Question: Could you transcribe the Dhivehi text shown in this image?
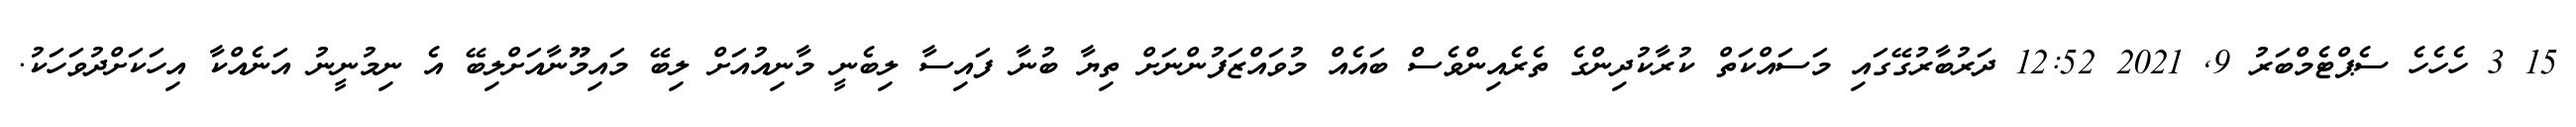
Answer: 15 3 ހެހެހެ ސެޕްޓެމްބަރު 9, 2021 12:52 ދަރުބާރުގޭގައި މަސައްކަތް ކުރާކުދިންގެ ތެރެއިންވެސް ބައެއް މުވައްޒަފުންނަށް ތިޔާ ބުނާ ފައިސާ ލިބެނީ މާނިއުއަށް ލިބޭ މައިމޫނާއަށްލިބޭ އެ ނިމުނީނު އަނެއްކާ އިހަކަށްދުވަހަކު.